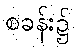
စခန်း၌